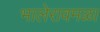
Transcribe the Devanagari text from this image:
भालेरावमळा